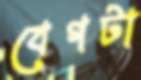
বেগটা